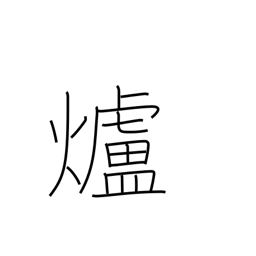
Meaning: fireplace